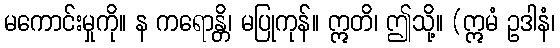
မကောင်းမှုကို။ န ကရောန္တိ၊ မပြုကုန်။ ဣတိ၊ ဤသို့။ (ဣမံ ဥဒါနံ၊